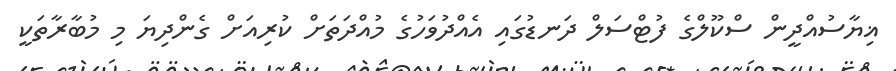
ޣިޔާސުއްދީން ސްކޫލްގެ ފުޓްސަލް ދަނޑުގައި އެއްދުވަހުގެ މުއްދަތަށް ކުރިއަށް ގެންދިޔަ މި މުބާރާތަކީ